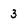
Character: 3